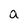
Character: a